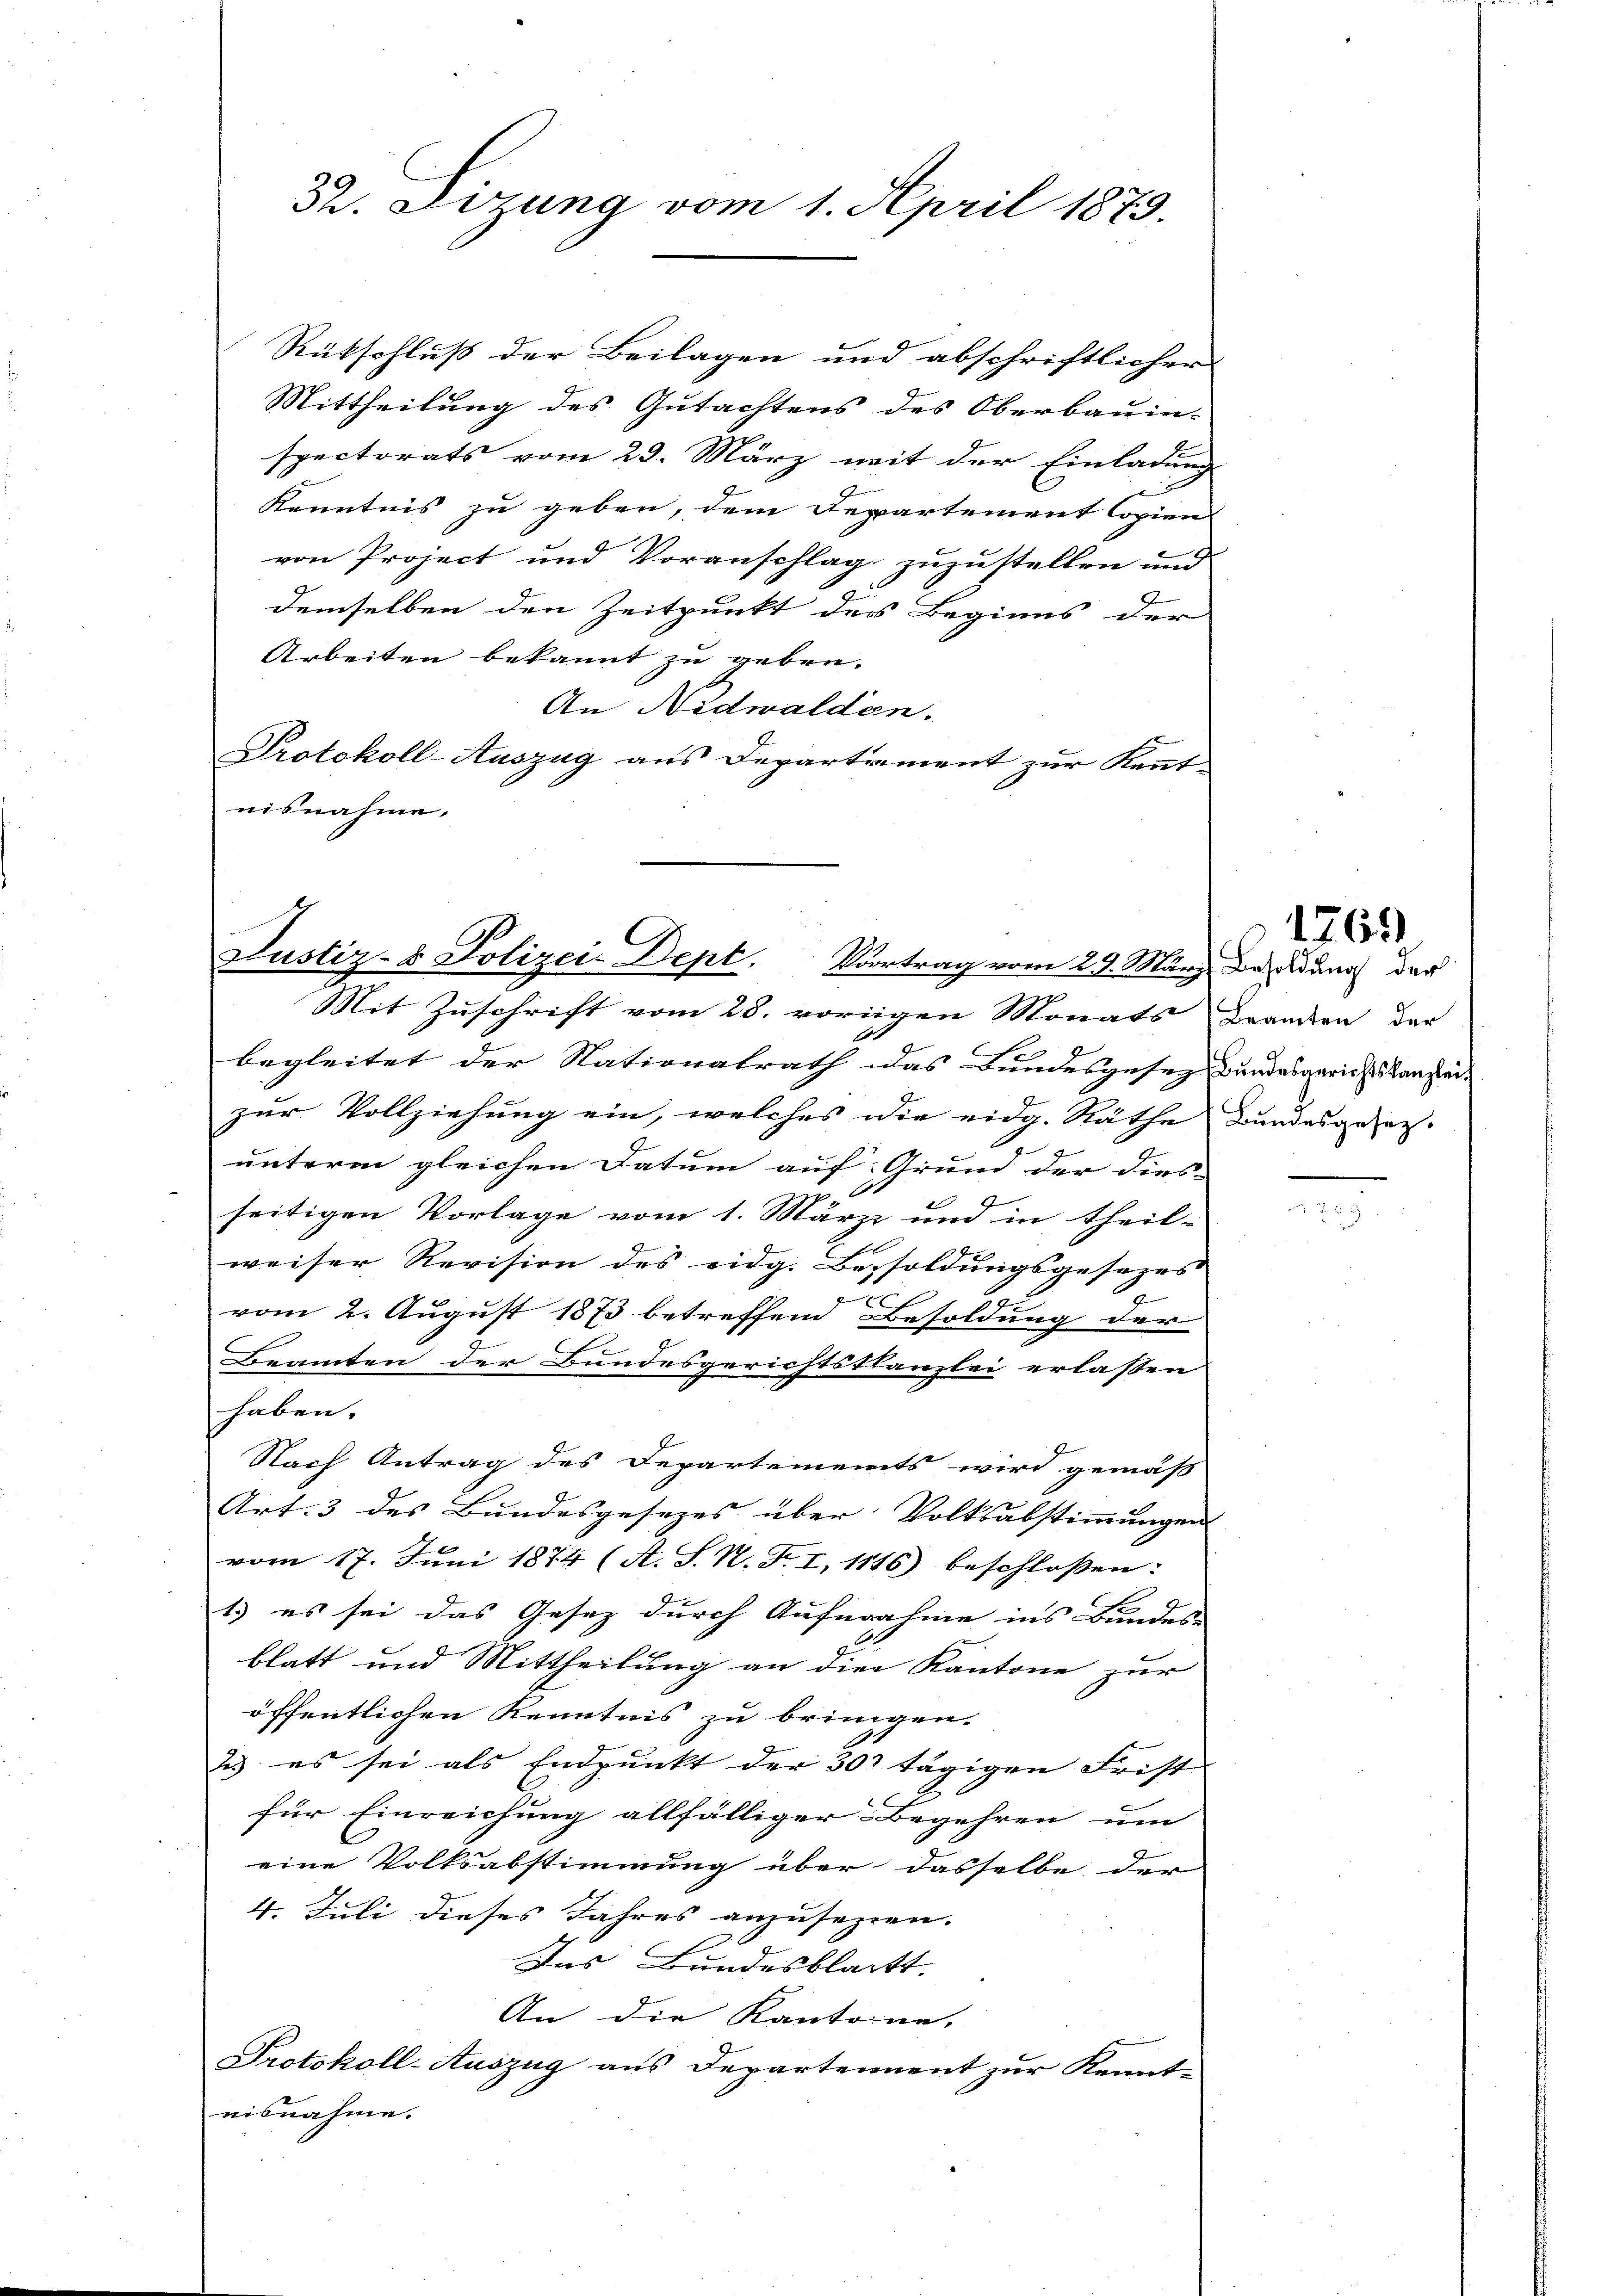
Justiz- & Polizei-Dept. Vortrag vom 29. März Besoldung der
Mit Zuschrift vom 28. vorigen Monats Branken der

32. Sizung vom 1. April 1873.

Rütschluß der Beilagen und abschriftlichen
Mittheilung des Gutachtens des Oberbauin-
spectorats vom 29. März mit der Einladung |
Kenntnis zu geben, dem Departement Copien
von Project und Voranschlag zuzustellen und
.
demselben den Zeitpunkt des Beginns der
Arbeiten bekannt zu geben.
An Nidwalden.
Protokoll-Auszug aus Departement zur Kennt-
nisnahme.

f
unterm gleichen Datum auf Grund der dies-
seitigen Vorlage vom 1. März und in theil-
weiser Revision des eidg. Bezsoldungsgesezes
u
vom 2. August 1873 betreffend Besoldung der
Beamten der Bundesgerichtstanzlei erlassen
haben.
Nach Antrag des Departements wird gemäß
Art. 3 des Bundesgesezes über Volksabstimmungen
vom 17. Juni 1874 (A. S. N. F. I, 1886) beschlossen:
1.) es sei das Gesez durch Aufnahme ins Bundes-
blatt und Mittheilung an die Kantone zur
öffentlichen Kenntnis zu bringen.
2) es sei als Endpunkt der 30 tägigen Frist
für Einreichung allfälliger Begehren um
eine Volksabstimmung über dasselbe der
4. Juli dieses Jahres anzusetzen.
Das Bundesblatt.
An die Kantone,
Protokoll-Auszug aus Departement zur Kennt-
nisnahme.

begleitet der Nationalrath das Bundesgesez Bundesgerichtskanzlei-
zur Vollziehung ein, welches die eidg. Räthe Bundesgeseg-
s

1769